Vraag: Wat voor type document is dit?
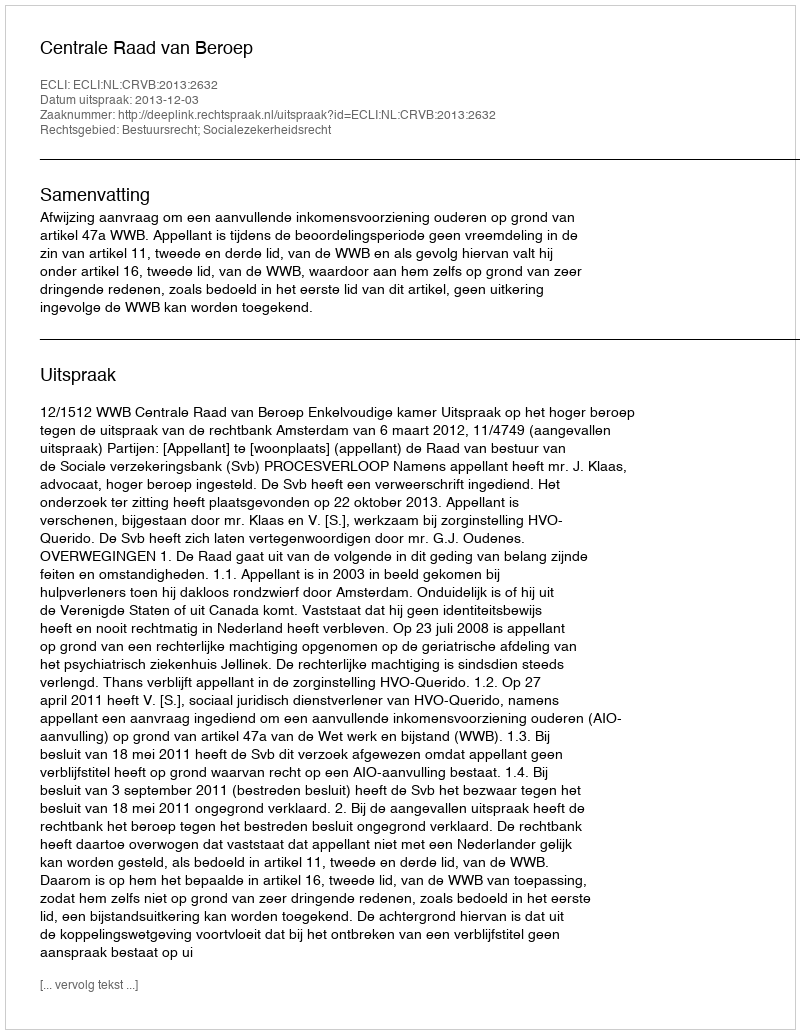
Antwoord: Uitspraak